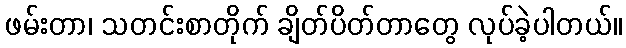
ဖမ်းတာ၊ သတင်းစာတိုက် ချိတ်ပိတ်တာတွေ လုပ်ခဲ့ပါတယ်။